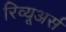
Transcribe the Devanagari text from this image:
रिव्यूअर्स